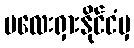
မလေးရှားနိုင်ငံမှ